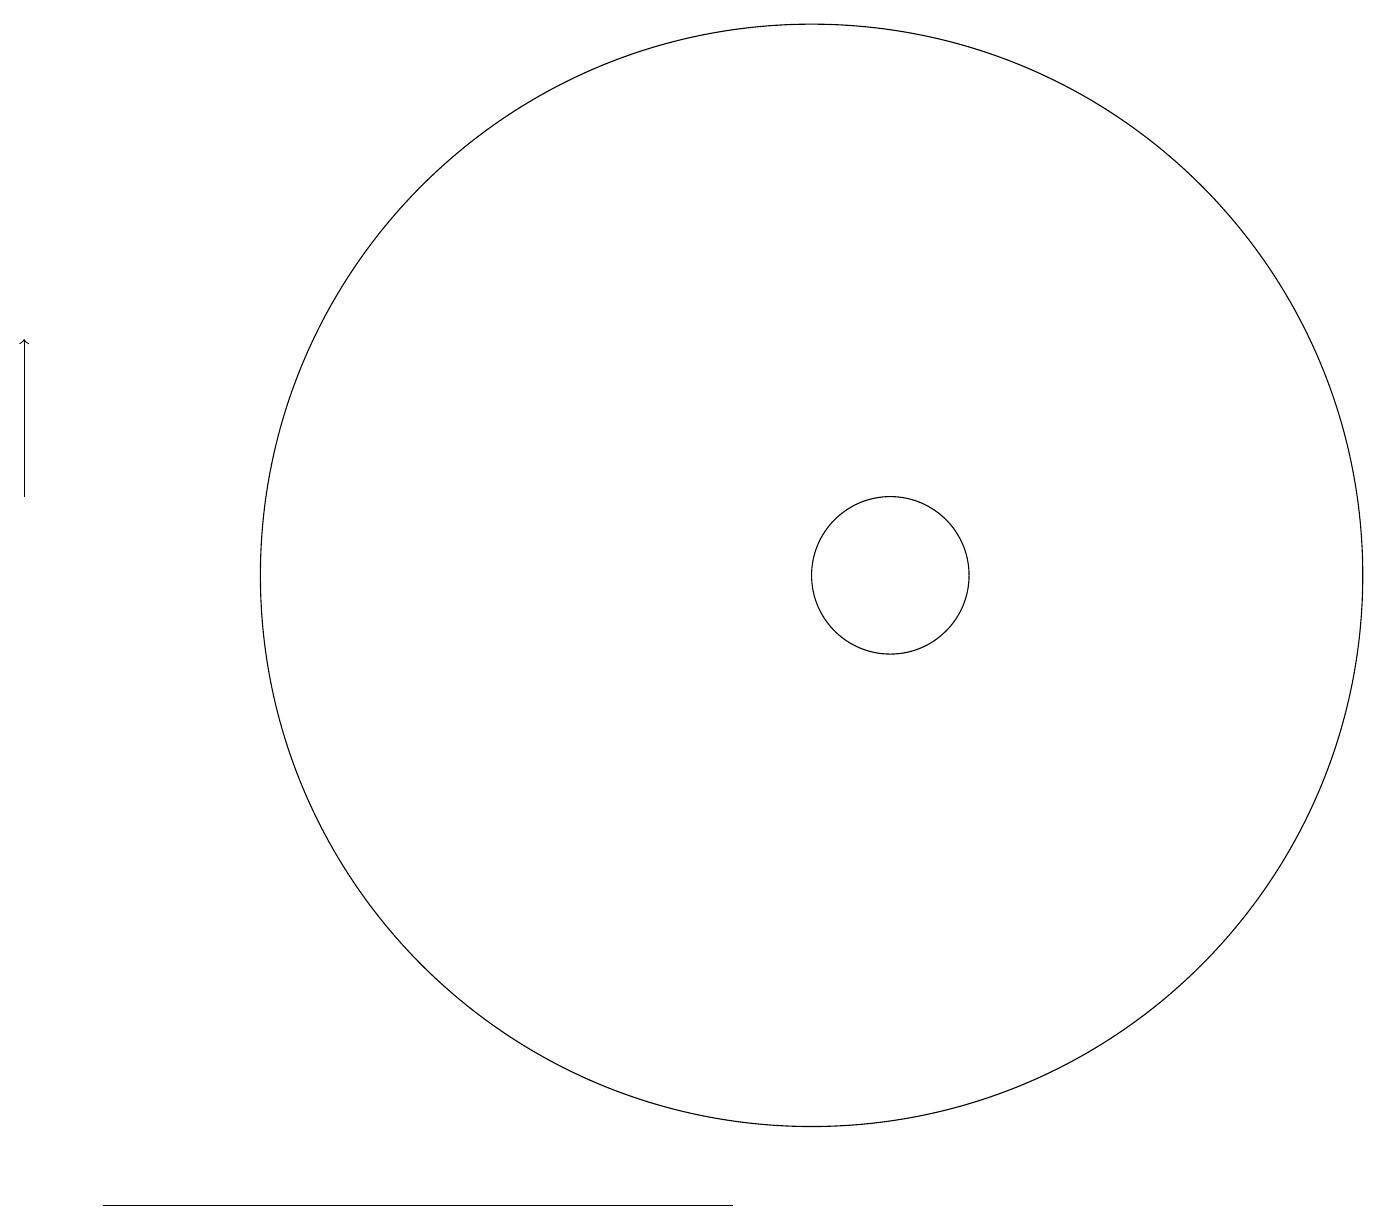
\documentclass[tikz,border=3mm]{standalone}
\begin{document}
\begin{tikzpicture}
\draw (8,3) -- (1,3) -- (9,3) -- cycle;
\draw (10,11) circle (7);
\draw[->] (0,12) -- (0,14);
\draw (11,11) circle (1);
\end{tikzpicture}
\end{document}